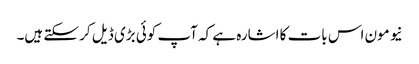
نیو مون اس بات کا اشارہ ہے کہ آپ کوئی بڑی ڈیل کر سکتے ہیں۔